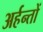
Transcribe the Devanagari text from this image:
अर्हन्तों